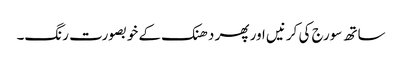
ساتھ سورج کی کرنیں اور پھر دھنک کے خوبصورت رنگ۔